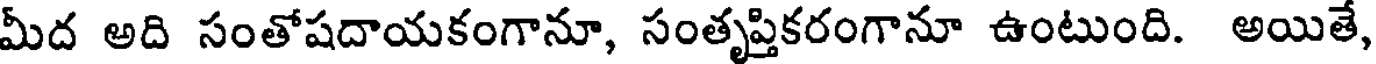
మీద అది సంతోషదాయకంగానూ, సంతృప్తికరంగానూ ఉంటుంది. అయితే,